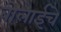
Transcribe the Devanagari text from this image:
बोलाईचे